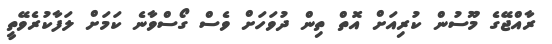
ރާއްޖޭގެ މޫސުން ކުރިއަށް އޮތް ތިން ދުވަހަށް ވެސް ގޯސްވާނެ ކަމަށް ލަފާކުރެވޭތީ